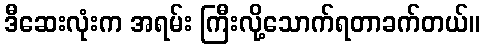
ဒီဆေးလုံးက အရမ်း ကြီးလို့သောက်ရတာခက်တယ်။